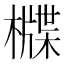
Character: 𣛻